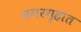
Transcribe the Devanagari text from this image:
नगरगृहात